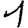
Digit: 1